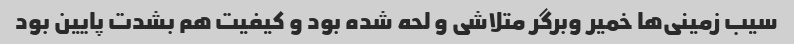
سیب زمینی‌ها خمیر وبرگر متلاشی و لحه شده بود و کیفیت هم بشدت پایین بود